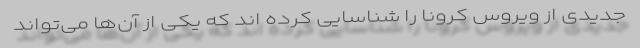
جدیدی از ویروس کرونا را شناسایی کرده اند که یکی از آن‌ها می‌تواند